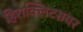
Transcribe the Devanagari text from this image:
हिराक्लिटसवर